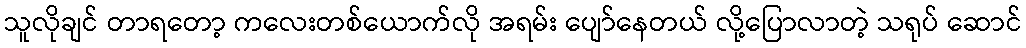
သူလိုချင် တာရတော့ ကလေးတစ်ယောက်လို အရမ်း ပျော်နေတယ် လို့ပြောလာတဲ့ သရုပ် ဆောင်